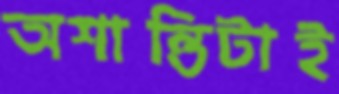
অশান্তিটাই